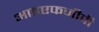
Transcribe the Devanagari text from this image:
आइएफजीपी